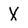
Character: X